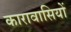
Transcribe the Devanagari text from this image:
कारावासियों